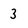
Character: 3